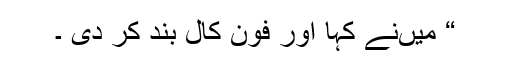
“ میںنے کہا اور فون کال بند کر دی ۔